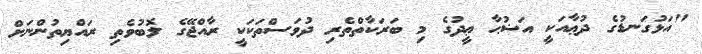
"އަޅުގަނޑުގެ ދުޢާއަކީ އަޟުޙާ ޢީދުގެ މި ބަރަކާތްތެރި ދުވަސްތަކަކީ ރާއްޖޭގެ ލޮބުވެތި ރައްޔިތުންނަށް